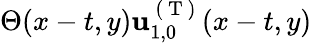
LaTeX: \Theta(x-t,y)\mathbf{u}_{1,0}^{\mathrm{~(~T~)~}}(x-t,y)